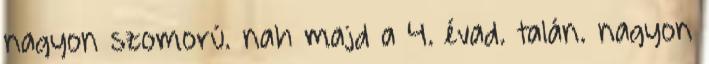
nagyon szomorú. nah majd a 4. évad. talán. nagyon